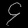
Digit: ၄